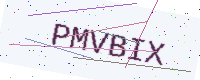
Text: PMVBIX